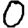
Digit: 0